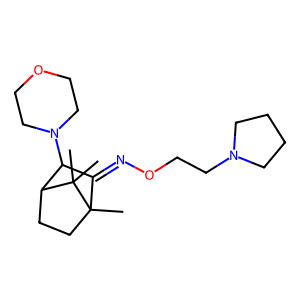
SMILES: CC12CCC(C(N3CCOCC3)C1=NOCCN1CCCC1)C2(C)C
Inhibits HIV replication: No